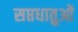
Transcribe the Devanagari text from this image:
सप्तधातुओं